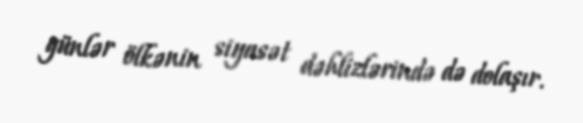
günlər ölkənin siyasət dəhlizlərində də dolaşır.